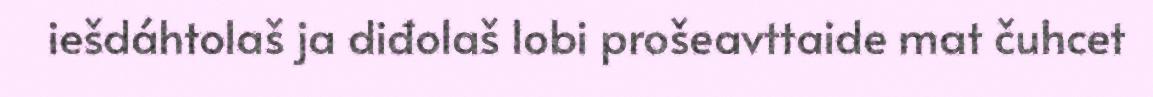
iešdáhtolaš ja diđolaš lobi prošeavttaide mat čuhcet